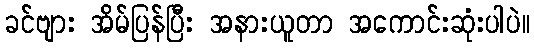
ခင်ဗျား အိမ်ပြန်ပြီး အနားယူတာ အကောင်းဆုံးပါပဲ။